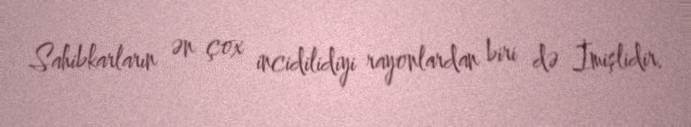
Sahibkarların ən çox incidilidiyi rayonlardan biri də İmişlidir.